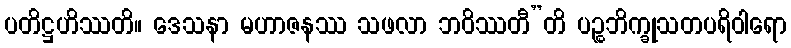
ပတိဋ္ဌဟိဿတိ။ ဒေသနာ မဟာဇနဿ သဖလာ ဘဝိဿတီ”တိ ပဉ္စဘိက္ခုသတပရိဝါရော